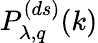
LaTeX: P_{\lambda,q}^{(ds)}(k)